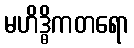
မဟိဒ္ဓိကတရော